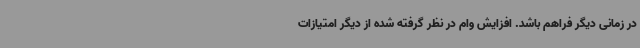
در زمانی دیگر فراهم باشد. افزایش وام در نظر گرفته شده از دیگر امتیازات